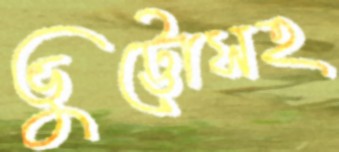
ভুট্টোসহ